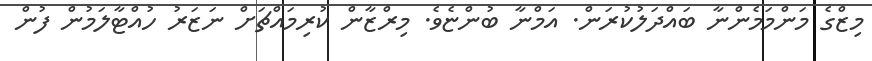
މިޒްގެ މަންމަމެންނާ ބައްދަލުކުރަން. އަމްނާ ބުންޏެވެ. މިރްޒާން ކުރިމައްޗަށް ނަޒަރު ހުއްޓާލަމުން ފުން